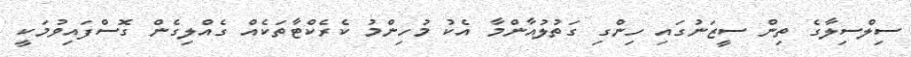
ސިލްސިލާގެ ތިން ސީޒަނުގައި ހިންގި ގަތުލުއާންމާ އެކު މުހިންމު ކެރެކްޓާތަކެއް ގެއްލިގެން ގޮސްފައިވުމަކީ